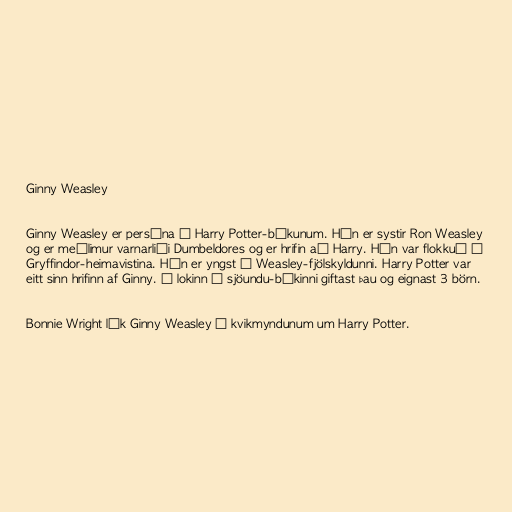
Ginny Weasley

Ginny Weasley er persóna í Harry Potter-bókunum. Hún er systir Ron Weasley
og er meðlimur varnarliði Dumbeldores og er hrifin að Harry. Hún var flokkuð í
Gryffindor-heimavistina. Hún er yngst í Weasley-fjölskyldunni. Harry Potter var
eitt sinn hrifinn af Ginny. Í lokinn á sjöundu-bókinni giftast þau og eignast 3 börn.

Bonnie Wright lék Ginny Weasley í kvikmyndunum um Harry Potter.